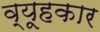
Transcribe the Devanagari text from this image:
व्यूहकार